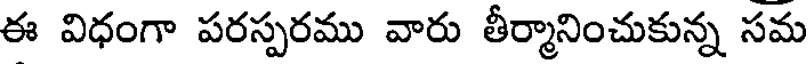
ఈ విధంగా పరస్పరము వారు తీర్మానించుకున్న సమ